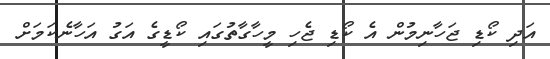
އަދި ކޯޑި ޖަހާނިމުން އެ ކޯޑި ޖެހި މީހާގާތުގައި ކޯޑީގެ އަގު އަހާނެކަމަށް